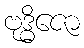
ဗုဒ္ဓိဇော